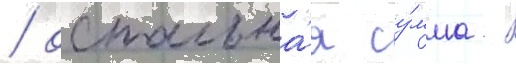
/ остальна́я су́мма -